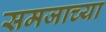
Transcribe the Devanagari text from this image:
समजाच्या